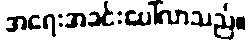
အရေးအခင်းပေါ်လာသည်။